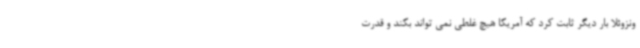
ونزوئلا بار دیگر ثابت کرد که آمریکا هیچ غلطی نمی تواند بکند و قدرت